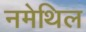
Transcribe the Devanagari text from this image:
नमेथिल